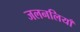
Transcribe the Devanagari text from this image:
जलनलियाँ